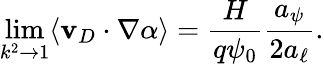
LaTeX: \operatorname*{lim}_{k^{2}\rightarrow 1}\langle\mathbf{v}_{D}\cdot\nabla\alpha\rangle=\frac{H}{q\psi_{0}}\frac{a_{\psi}}{2a_{\ell}}.